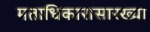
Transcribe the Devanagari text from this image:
मताधिकारासारख्या